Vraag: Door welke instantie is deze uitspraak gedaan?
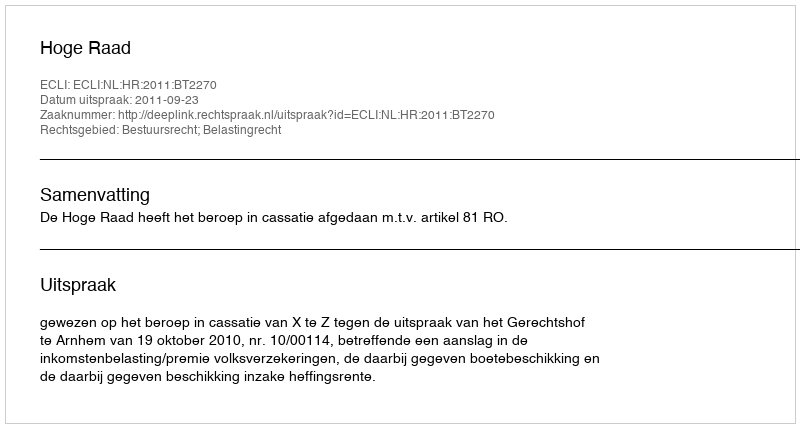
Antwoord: Hoge Raad